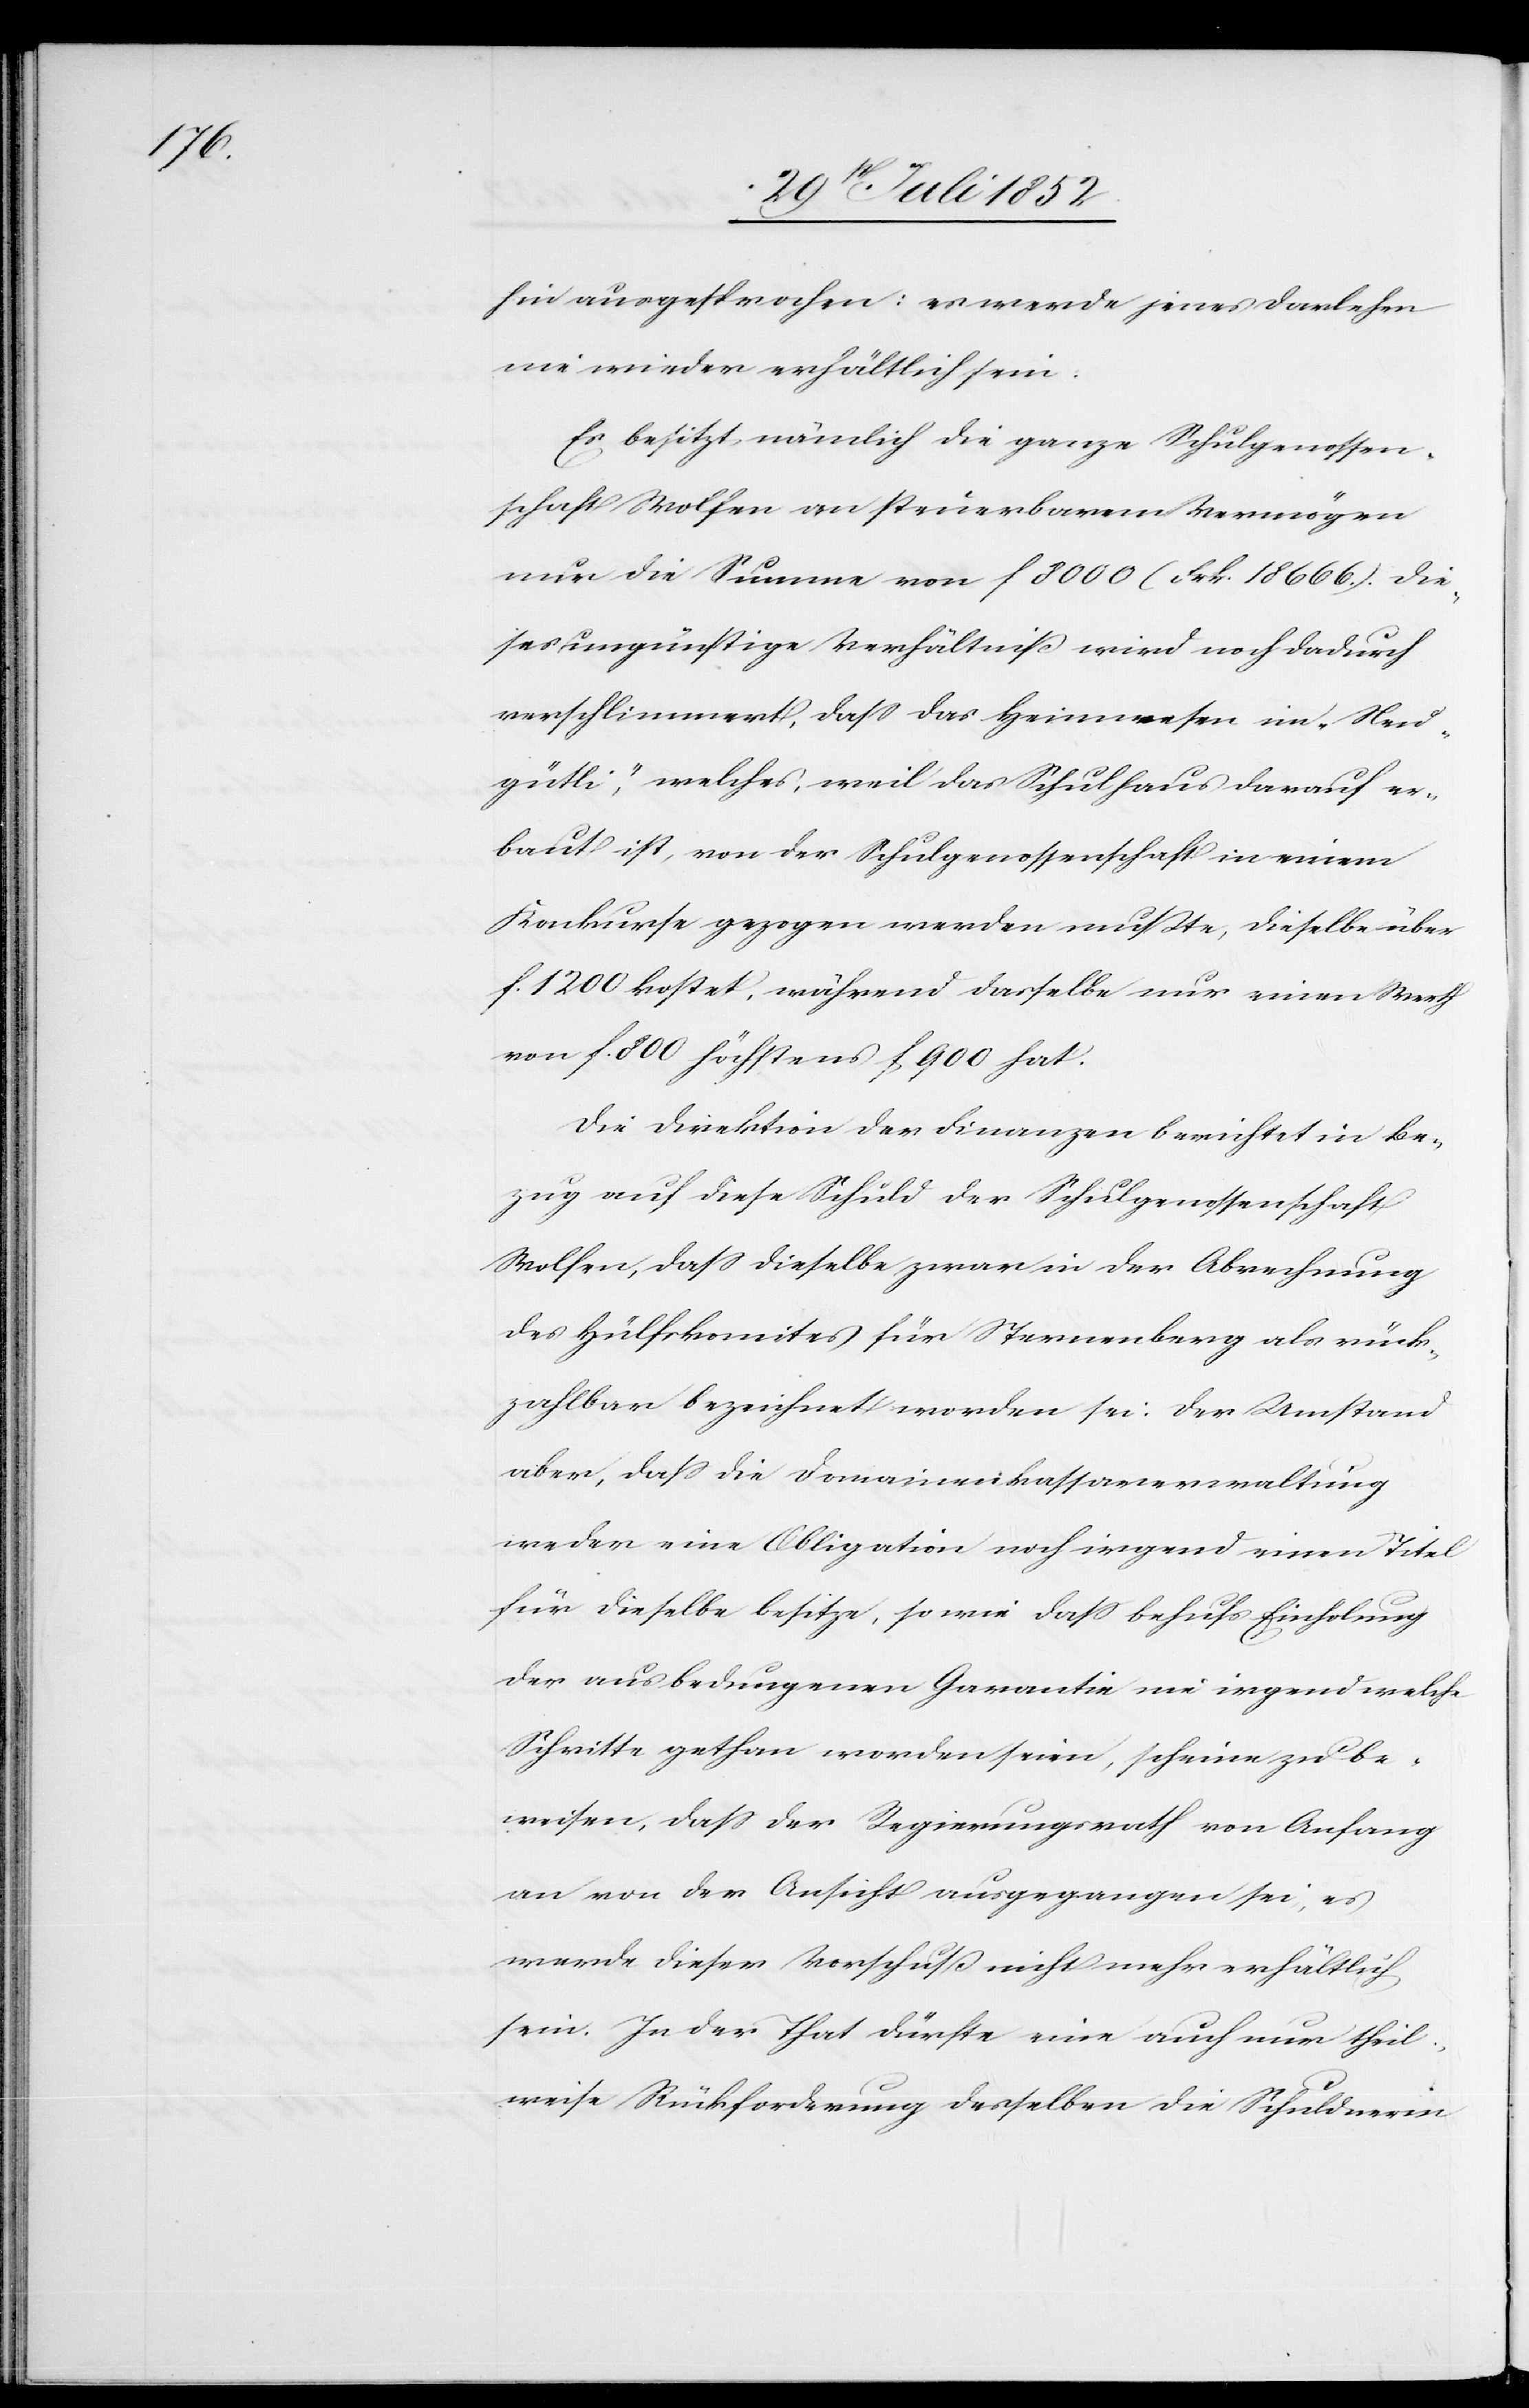
hin ausgesprochen: es werde jenes Darlehen
nie wieder erhältlich sein.
Es besitzt nämlich die ganze Schulgenossen¬
schaft Wolfen an steuerbarem Vermögen
nur die Summe von f 8000 (Frk. 18 666.). Die¬
ses ungünstige Verhältniß wird noch dadurch
verschlimmert, dass das Heimwesen im „Neu¬
gütli“, welches, weil das Schulhaus darauf er¬
baut ist, von der Schulgenossenschaft in einem
Konkurse gezogen werden mußte, dieselbe über
f. 1200 kostet, während dasselbe nur einen Werth
von f. 800 höchstens f 900 hat.
Die Direktion der Finanzen berichtet in Be¬
zug auf diese Schuld der Schulgenossenschaft
Wolfen, dass dieselbe zwar in der Abrechnung
des Hülfskomites für Sternenberg als rück¬
zahlbar bezeichnet worden sei. Der Umstand
aber, dass die Domainenkassaverwaltung
weder eine Obligation noch irgend einen Titel
für dieselbe besitze, so wie dass behufs Einholung
der ausbedungenen Garantie nie irgend welche
Schritte gethan worden seien, scheine zu be¬
weisen, dass der Regierungsrath von Anfang
an von der Ansicht ausgegangen sei, es
werde dieser Vorschuß nicht mehr erhältlich
sein. In der That dürfte eine auch nur theil¬
weise Rückforderung desselben die Schuldnerin